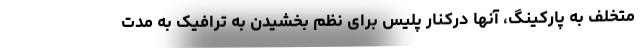
متخلف به پارکینگ، آنها درکنار پلیس برای نظم بخشیدن به ترافیک به مدت